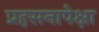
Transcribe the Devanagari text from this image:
प्रहसनापेक्षा